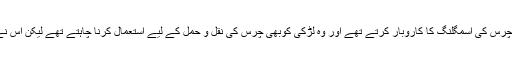
ان کا کہنا ہے کہ سسرال والے مبینہ طور سے چرس کی اسمگلنگ کا کاروبار کرتے تھے اور وہ لڑکی کوبھی چرس کی نقل و حمل کے لیے استعمال کرنا چاہتے تھے لیکن اس نے ان کی شریک کار بننے سے انکار کردیا تھا۔